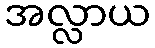
အလ္လာယ